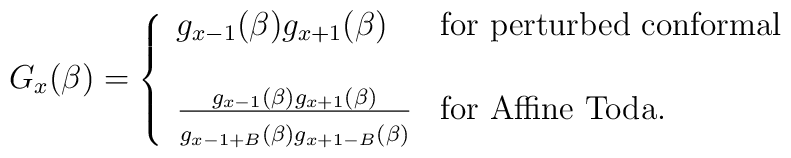
G_{x}(\beta)=\left\{\begin{array}{lll}g_{x-1}(\beta)g_{x+1}(\beta) & {\rm for} \ {\rm perturbed \ conformal} \\ & \\{g_{x-1}(\beta)g_{x+1}(\beta)\over{\strut g_{x-1+B}(\beta)g_{x+1-B}(\beta)}} &{\rm for} \ {\rm Affine \ Toda}.\end{array}\right.